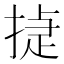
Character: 㨗